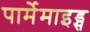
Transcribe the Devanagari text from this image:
पार्मेमाइड्स